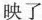
映了